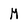
Character: M